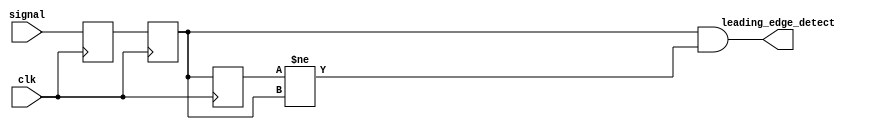
`default_nettype none
`timescale 1ns/1ps
module edge_detect (
    input wire              clk,
    input wire              signal,
    output wire             leading_edge_detect
    );

    reg q0, q1, q2;                 // metastability on input and a delay to detect edges

    always @(posedge clk) begin
        q0 <= signal;
        q1 <= q0;
        q2 <= q1;
    end

    assign leading_edge_detect = q1 & (q2 != q1);

endmodule